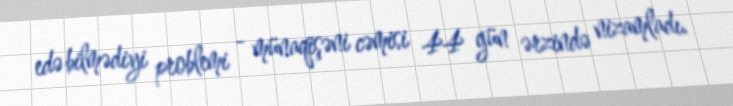
edə bilmədiyi problemi - münaqişəni cəmisi 44 gün ərzində nizamladı.